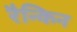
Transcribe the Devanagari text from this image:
रैन्किन